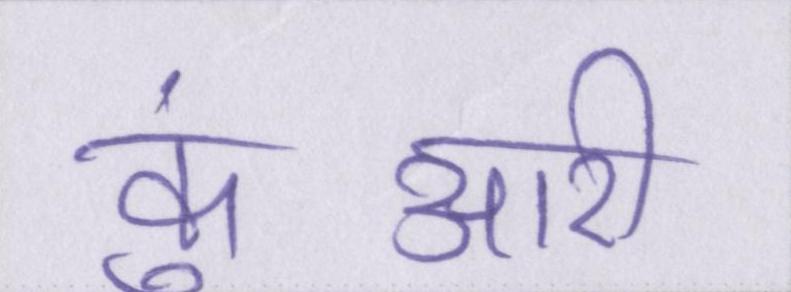
कुंआरी